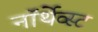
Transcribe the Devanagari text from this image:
नॉर्थेव्स्ट